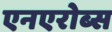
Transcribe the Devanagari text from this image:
एनएरोब्स